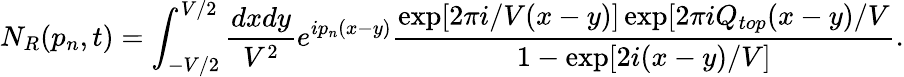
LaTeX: N_{R}(p_{n},t)=\int_{-V/2}^{V/2}\frac{dxdy}{V^{2}}e^{ip_{n}(x-y)}\frac{\exp[2\pi i/V(x-y)]\exp[2\pi iQ_{top}(x-y)/V}{1-\exp[2i(x-y)/V]}.